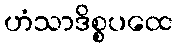
ဟံသာဒိစ္စပထေ